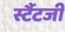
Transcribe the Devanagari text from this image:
र्स्टैटजी